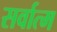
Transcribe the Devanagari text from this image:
सर्वात्म